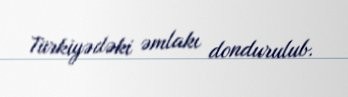
Türkiyədəki əmlakı dondurulub.